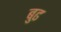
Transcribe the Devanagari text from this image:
बुढ